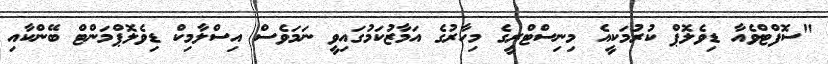
"ސޮފްޓްވެއާ ޑިވެލޮޕް ކުރުމަކީއެ މިނިސްޓްރީގެ މިހާރުގެ އަމާޒުކަމުގައިވީ ނަމަވެސް އިސްލާމިކް ޑިވެލޮޕްމަންޓް ބޭންކާއި